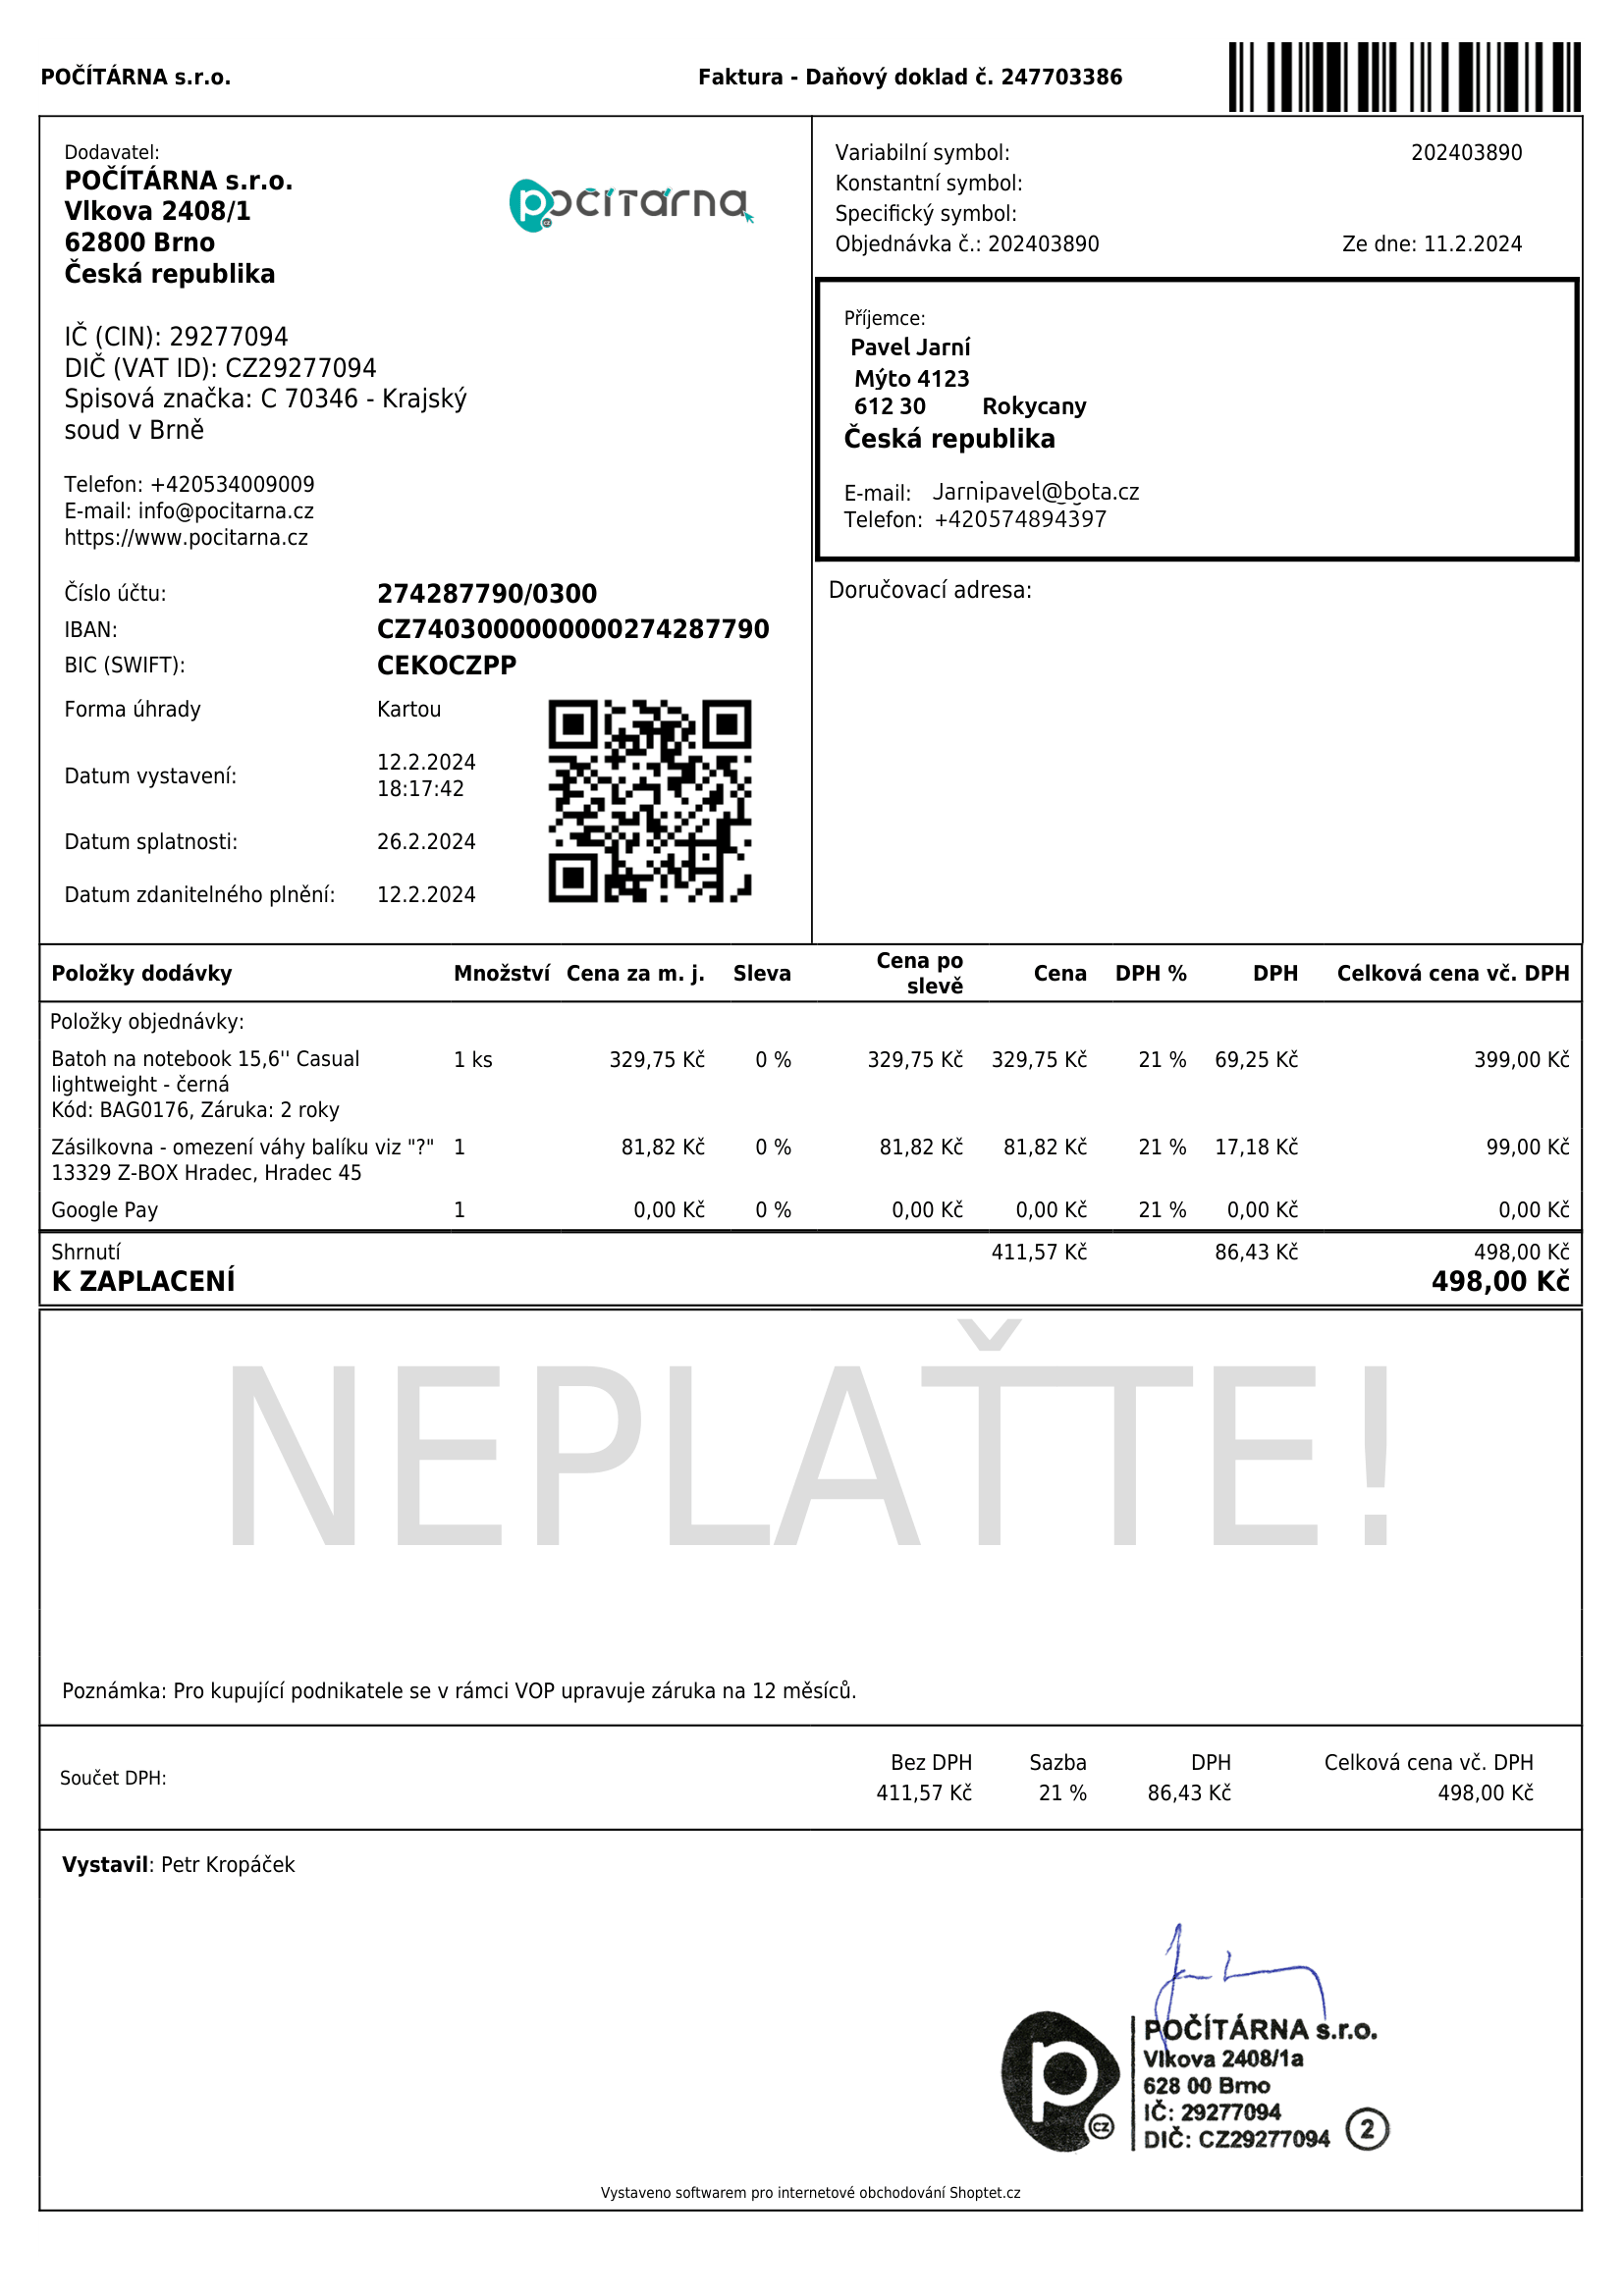
invoice_number: 247703386
supp_register_id: 29277094
supp_tax_id: CZ29277094
issue_date: 12.2.2024
taxable_supply_date: 12.2.2024
due_date: 26.2.2024
payment_type: Kartou
bank_account_number: 274287790/0300
iban: CZ7403000000000274287790
bic: CEKOCZPP
variable_symbol: 202403890
total: 498,00